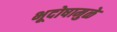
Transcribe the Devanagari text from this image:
भूदोषामुळे